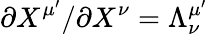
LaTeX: \partial X^{\mu^{\prime}}/\partial X^{\nu}=\Lambda_{\nu}^{\mu^{\prime}}